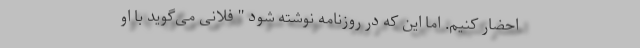
احضار کنیم. اما این که در روزنامه نوشته شود " فلانی می‌گوید با او